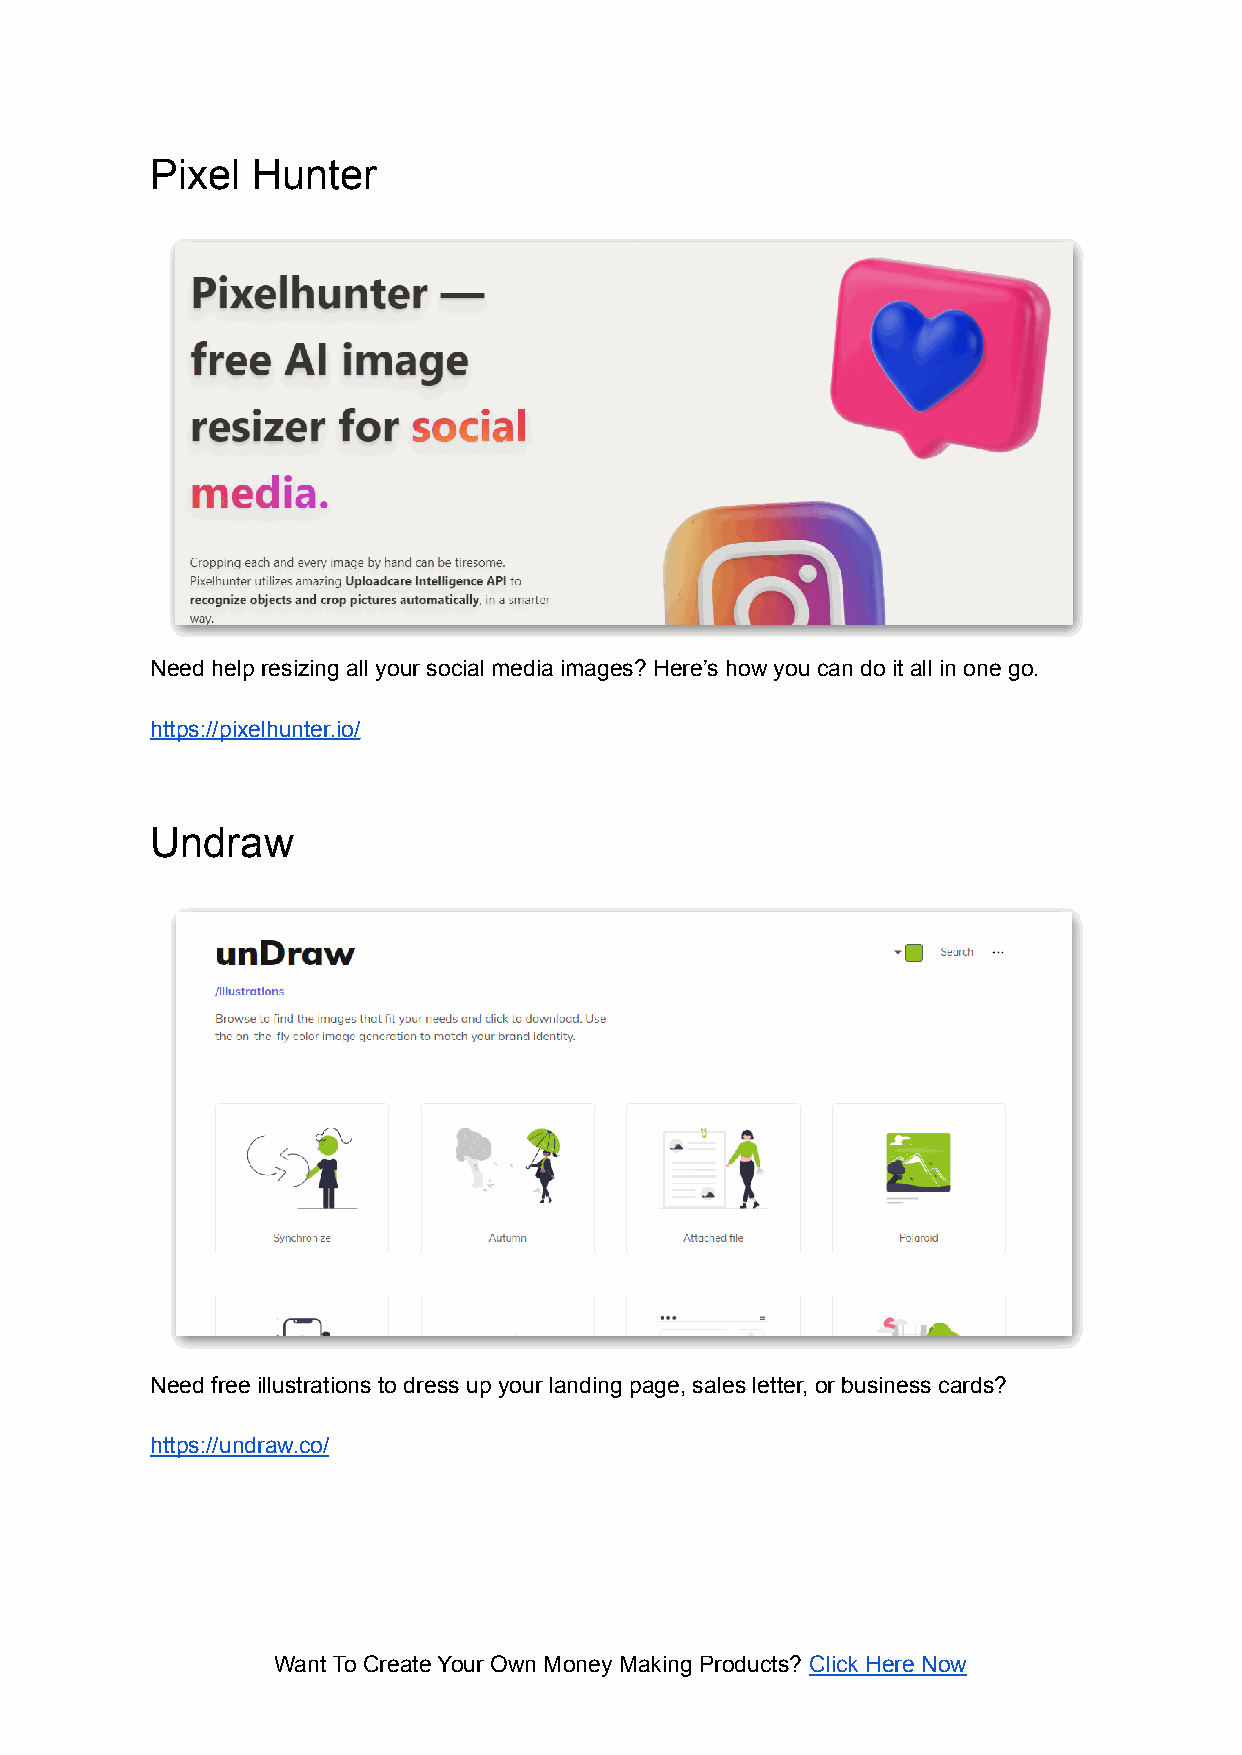
Pixel  Hunter
 Need help resizing all your social media images? Here’s how you can do it all in one go.
 https://pixelhunter.io/
 Undraw
 Need free illustrations to dress up your landing page, sales letter, or business cards?
 https://undraw.co/
 Want To Create Your Own Money Making Products? Click Here Now